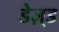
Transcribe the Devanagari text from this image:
डेज़्ड